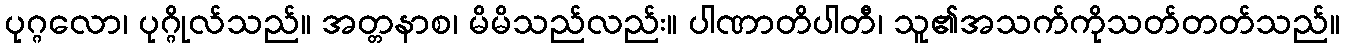
ပုဂ္ဂလော၊ ပုဂ္ဂိုလ်သည်။ အတ္တနာစ၊ မိမိသည်လည်း။ ပါဏာတိပါတီ၊ သူ၏အသက်ကိုသတ်တတ်သည်။